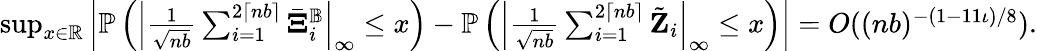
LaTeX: \begin{array}{r}{\operatorname*{sup}_{x\in\mathbb{R}}\left|\mathbb{P}\left(\left|\frac{1}{\sqrt{nb}}\sum_{i=1}^{2\lceil nb\rceil}\bar{\mathbf\Xi}_{i}^{\mathbb{B}}\right|_{\infty}\leq x\right)-\mathbb{P}\left(\left|\frac{1}{\sqrt{nb}}\sum_{i=1}^{2\lceil nb\rceil}\tilde{\mathbf Z}_{i}\right|_{\infty}\leq x\right)\right|=O((nb)^{-(1-11\iota)/8}).}\end{array}